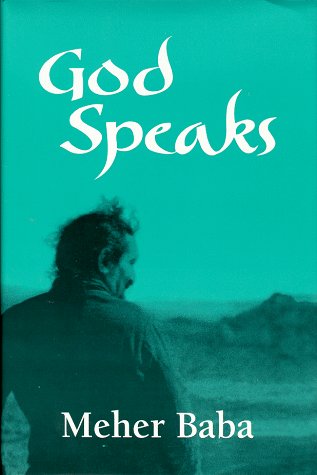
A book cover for God Speaks; Meher Baba; Religion & Spirituality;